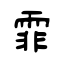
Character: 霏